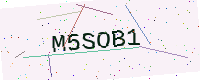
Text: M5SOB1